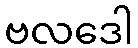
ဗလဒေါ